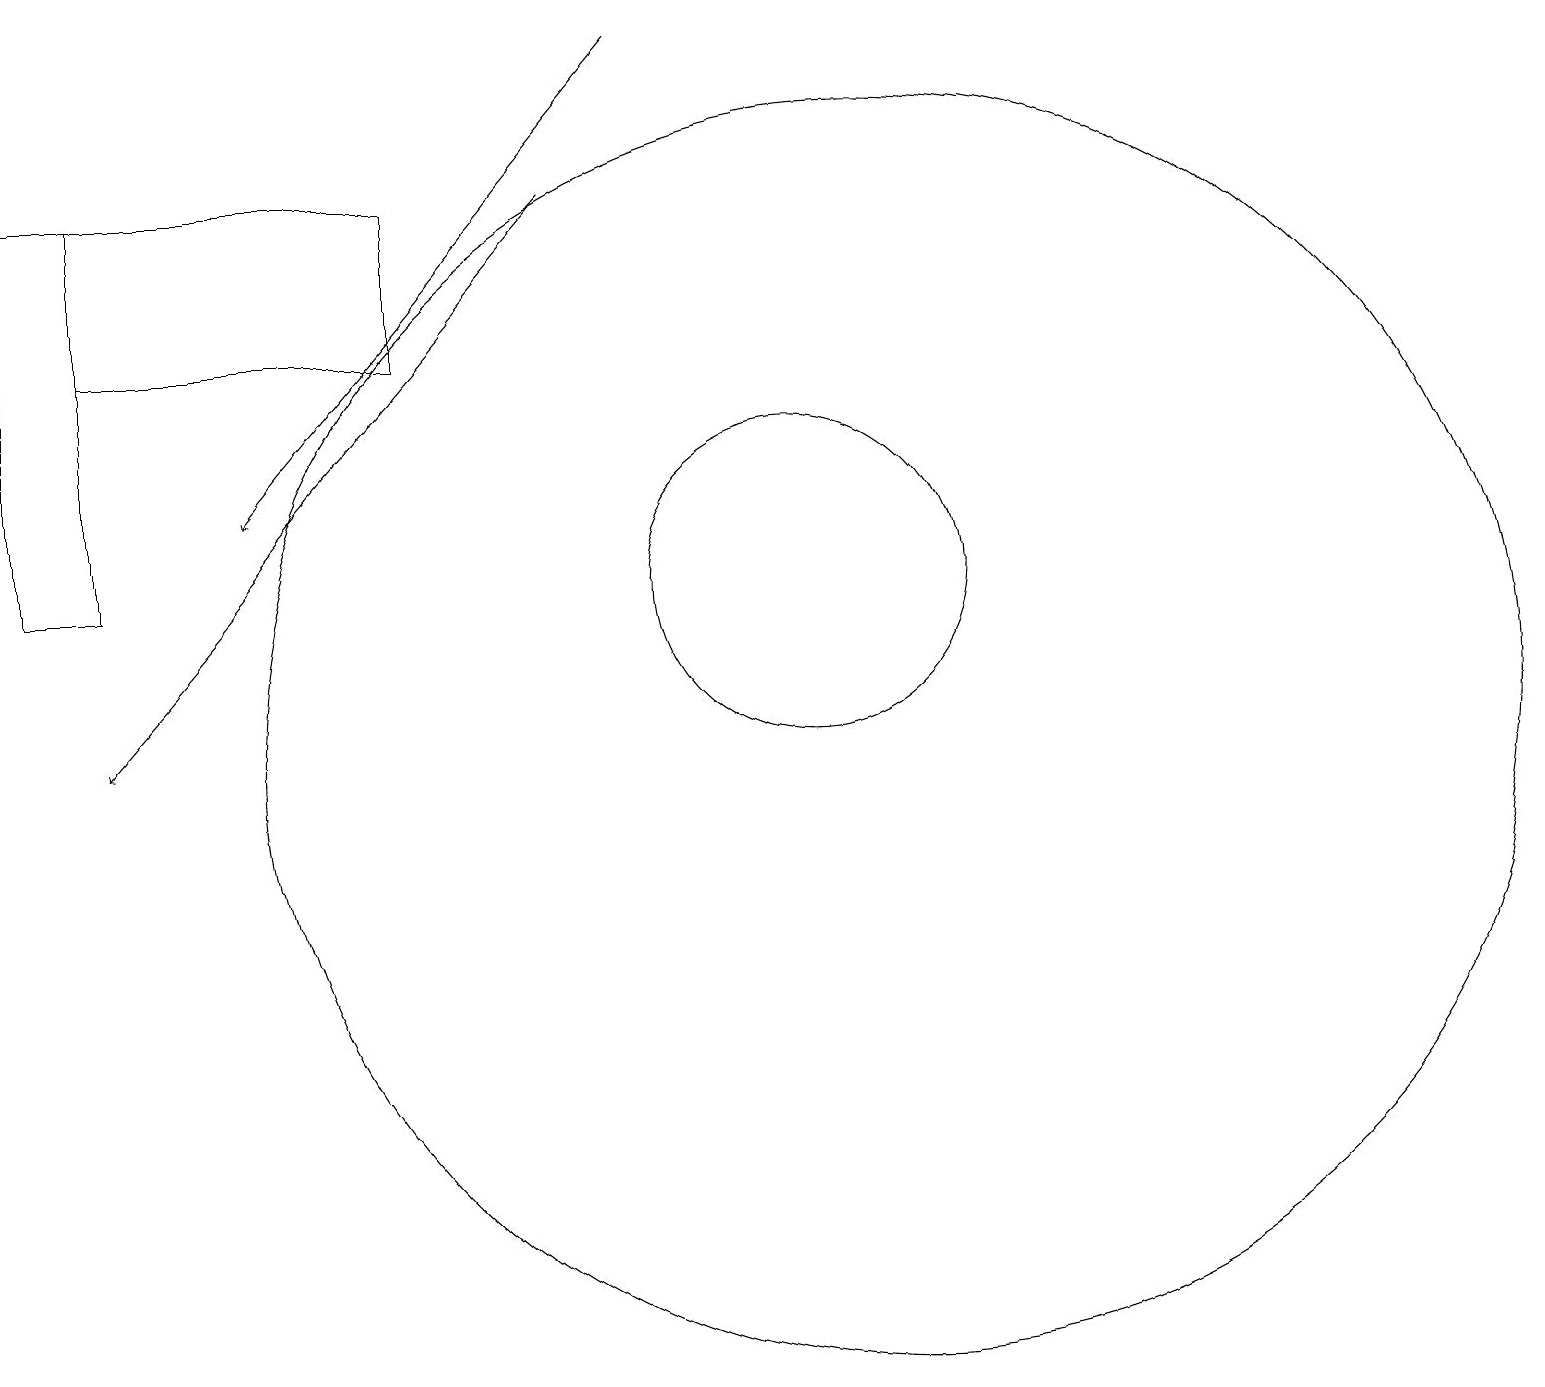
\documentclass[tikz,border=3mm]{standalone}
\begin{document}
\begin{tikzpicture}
\draw (0,17) rectangle (1,12);
\draw (1,17) rectangle (5,15);
\draw[->] (7,17) -- (1,10);
\draw (10,12) circle (2);
\draw (10,11) circle (0);
\draw[->] (8,19) -- (3,13);
\draw (11,10) circle (8);
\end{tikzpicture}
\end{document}